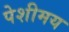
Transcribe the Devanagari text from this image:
पेशीमय